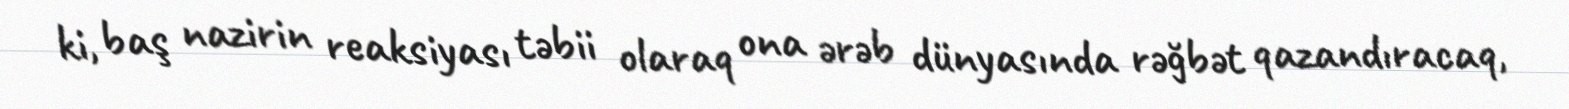
ki, baş nazirin reaksiyası təbii olaraq ona ərəb dünyasında rəğbət qazandıracaq,